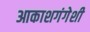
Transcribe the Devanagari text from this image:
आकाशगंगेशी